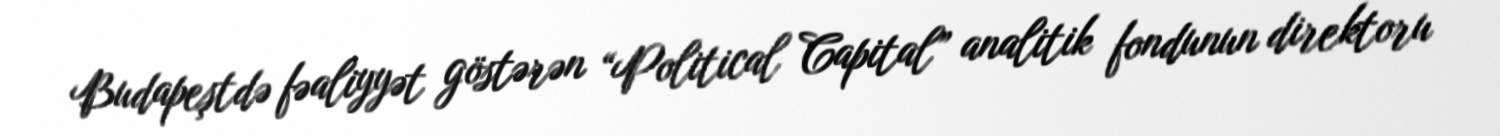
Budapeştdə fəaliyyət göstərən “Political Capital” analitik fondunun direktoru